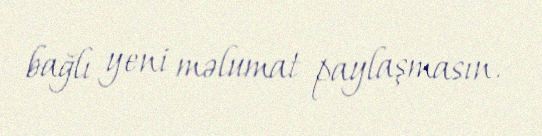
bağlı yeni məlumat paylaşmasın.